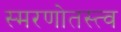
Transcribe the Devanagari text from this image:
स्मरणोतस्त्व